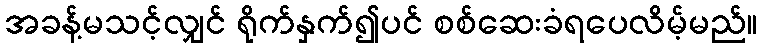
အခန့်မသင့်လျှင် ရိုက်နှက်၍ပင် စစ်ဆေးခံရပေလိမ့်မည်။